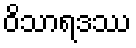
ဝိသာရဒဿ